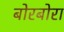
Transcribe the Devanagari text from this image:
बोरबोरा